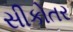
સીકોતર